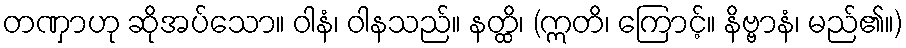
တဏှာဟု ဆိုအပ်သော။ ဝါနံ၊ ဝါနသည်။ နတ္ထိ၊ (ဣတိ၊ ကြောင့်။ နိဗ္ဗာနံ၊ မည်၏။)